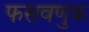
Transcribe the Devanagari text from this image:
फसवणुक